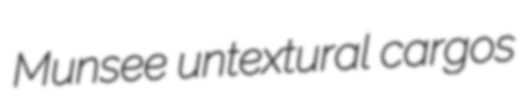
Munsee untextural cargos